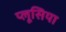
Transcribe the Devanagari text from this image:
प्लूसिया